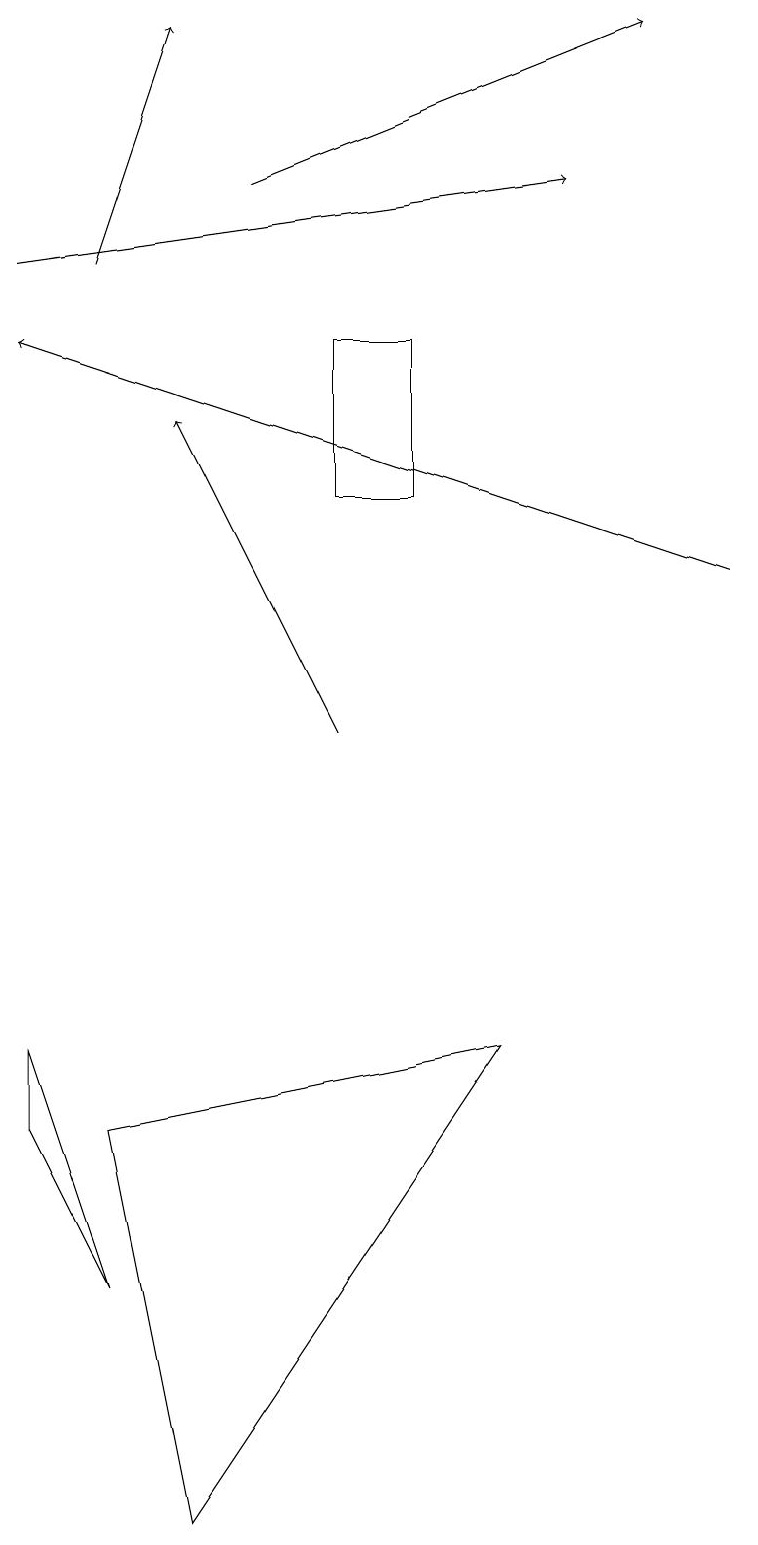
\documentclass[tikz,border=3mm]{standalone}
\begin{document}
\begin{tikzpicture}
\draw (4,13) rectangle (5,15);
\draw[->] (3,17) -- (8,19);
\draw (0,5) -- (0,6) -- (1,3) -- cycle;
\draw[->] (0,16) -- (7,17);
\draw[->] (9,12) -- (0,15);
\draw[->] (4,10) -- (2,14);
\draw (6,6) -- (2,0) -- (1,5) -- cycle;
\draw[->] (1,16) -- (2,19);
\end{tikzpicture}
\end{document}